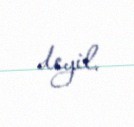
deyil.